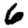
Digit: 6